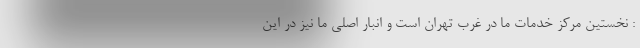
: نخستین مرکز خدمات ما در غرب تهران است و انبار اصلی ما نیز در این